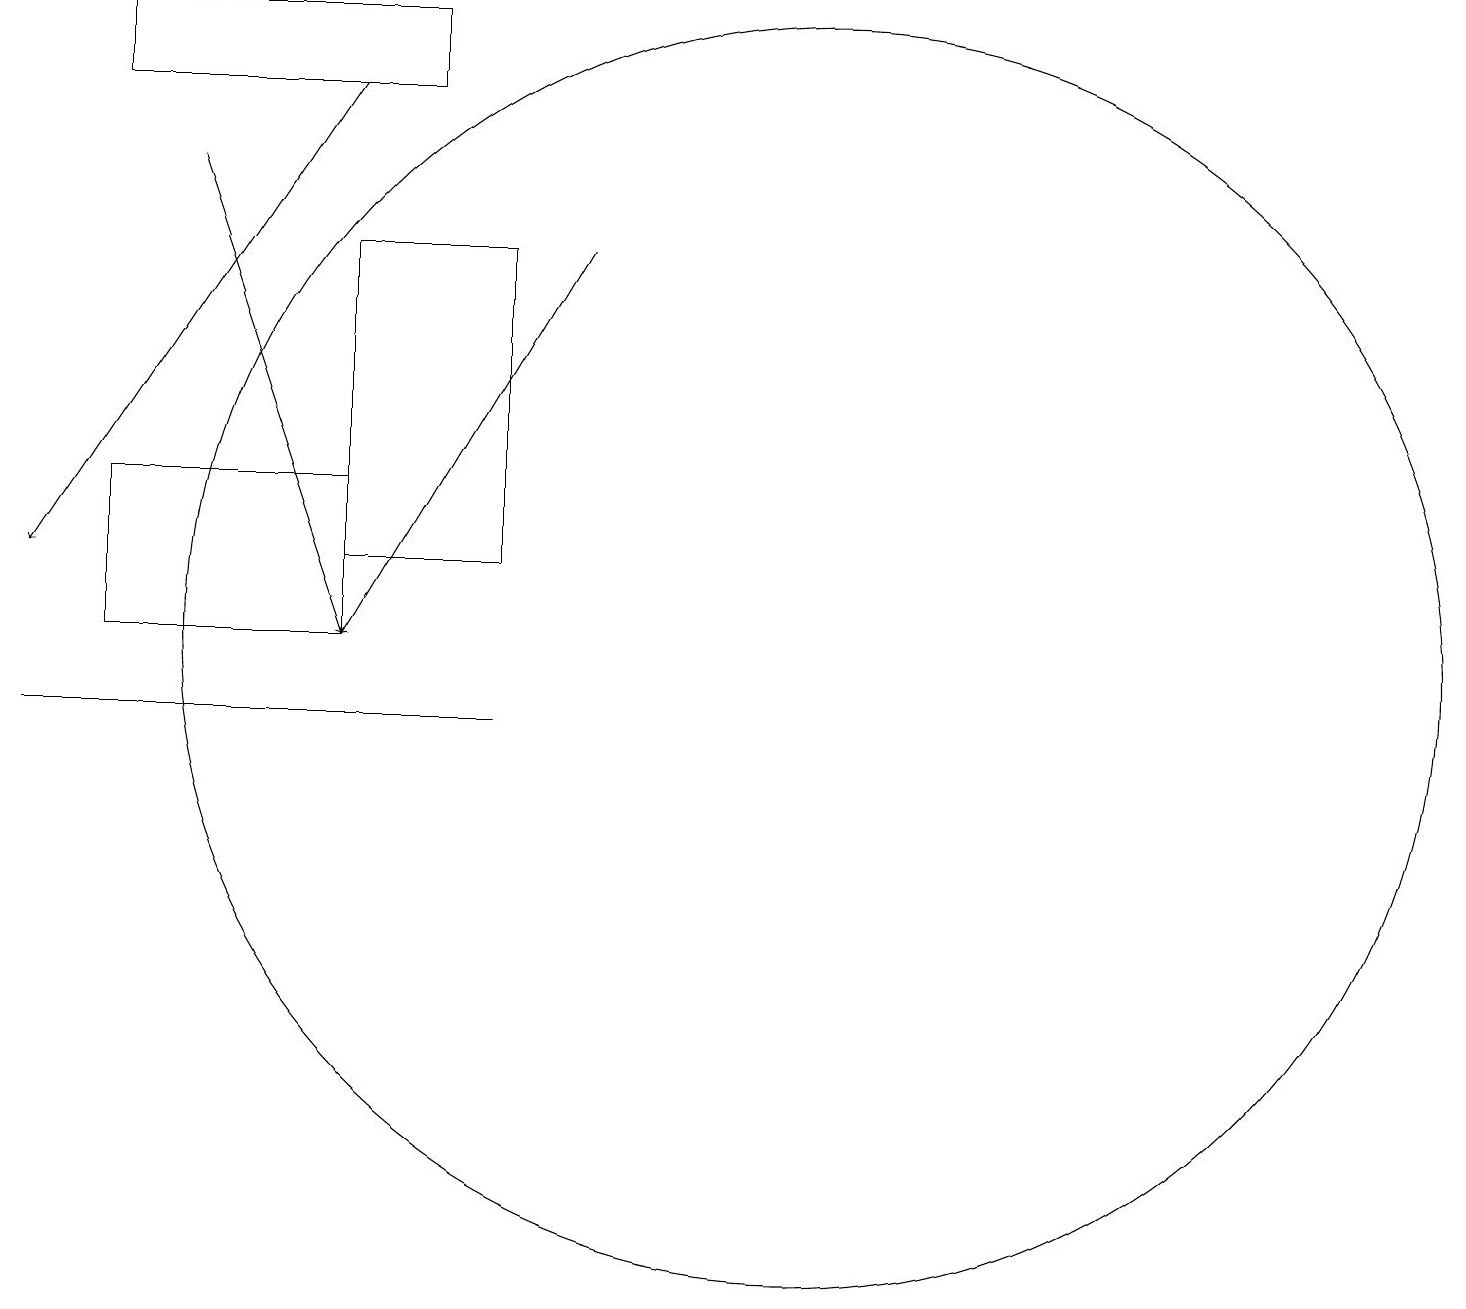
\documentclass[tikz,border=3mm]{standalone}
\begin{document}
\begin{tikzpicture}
\draw (10,11) circle (8);
\draw (6,10) rectangle (0,10);
\draw[->] (7,16) -- (4,11);
\draw[->] (2,17) -- (4,11);
\draw (4,11) rectangle (1,13);
\draw (1,19) rectangle (5,18);
\draw[->] (4,18) -- (0,12);
\draw (6,16) rectangle (4,12);
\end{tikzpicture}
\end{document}